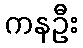
ကနဦး